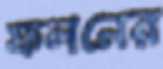
ফলনের